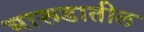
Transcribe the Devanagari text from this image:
भारूडातील